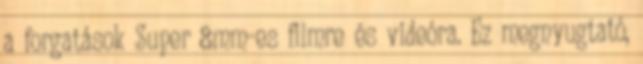
a forgatások Super 8mm-es filmre és videóra. Ez megnyugtató,